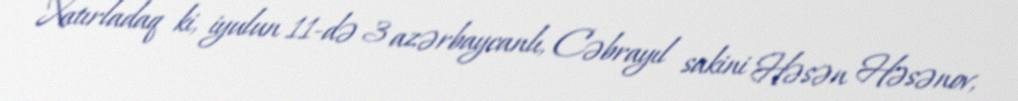
Xatırladaq ki, iyulun 11-də 3 azərbaycanlı, Cəbrayıl sakini Həsən Həsənov,